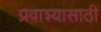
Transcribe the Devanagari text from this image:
प्रवाश्यासाठी